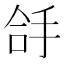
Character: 㧱